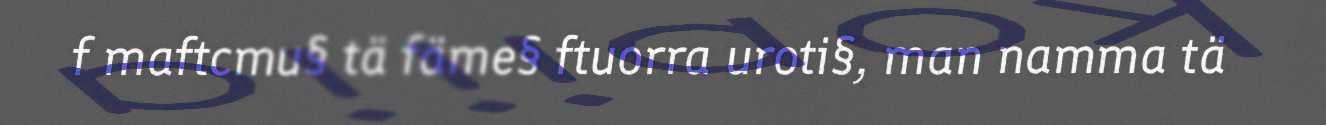
f maftcmu§ tä fäme§ ftuorra uroti§, man namma tä